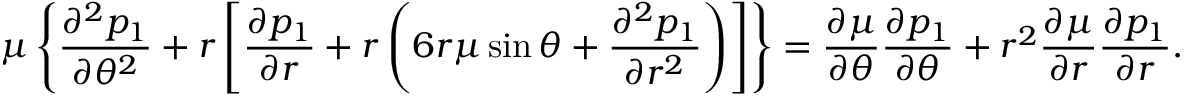
\mu \left\{ \frac { \partial ^ { 2 } p _ { 1 } } { \partial \theta ^ { 2 } } + r \left[ \frac { \partial p _ { 1 } } { \partial r } + r \left( 6 r \mu \sin \theta + \frac { \partial ^ { 2 } p _ { 1 } } { \partial r ^ { 2 } } \right) \right] \right\} = \frac { \partial \mu } { \partial \theta } \frac { \partial p _ { 1 } } { \partial \theta } + r ^ { 2 } \frac { \partial \mu } { \partial r } \frac { \partial p _ { 1 } } { \partial r } .